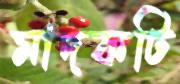
মাদকটি